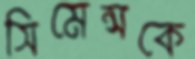
সিমেন্সকে